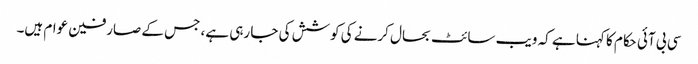
سی بی آئی حکام کا کہنا ہے کہ ویب سائٹ بحال کرنے کی کوشش کی جا رہی ہے، جس کے صارفین عوام ہیں۔